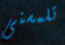
تلمسنى